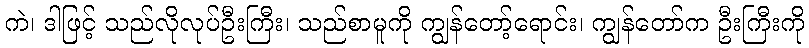
ကဲ၊ ဒါဖြင့် သည်လိုလုပ်ဦးကြီး၊ သည်စာမူကို ကျွန်တော့်ရောင်း၊ ကျွန်တော်က ဦးကြီးကို